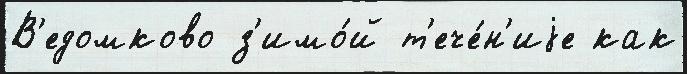
В'едомково з'имо́й т'ече́н'иjе как